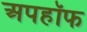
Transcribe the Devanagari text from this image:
अपहॉफ